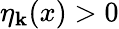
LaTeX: \eta_{\mathbf k}(x)>0